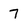
Character: 7